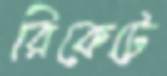
রিকেটে